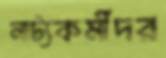
নাট্যকর্মীদর